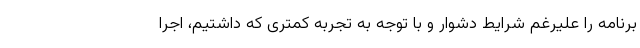
برنامه را علیرغم شرایط دشوار و با توجه به تجربه کمتری که داشتیم، اجرا